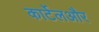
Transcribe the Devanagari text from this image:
कार्टेलऔर